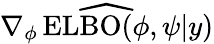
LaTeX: \widehat{\nabla_{\phi}\operatorname{ELBO}(\phi,\psi|y)}